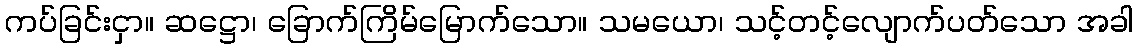
ကပ်ခြင်းငှာ။ ဆဋ္ဌော၊ ခြောက်ကြိမ်မြောက်သော။ သမယော၊ သင့်တင့်လျောက်ပတ်သော အခါ